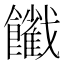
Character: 𩟦